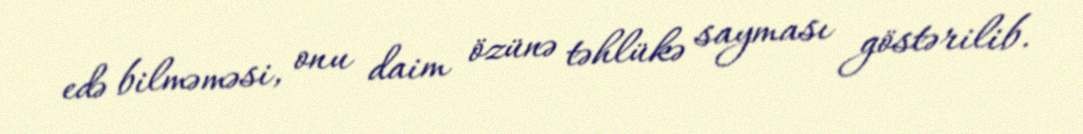
edə bilməməsi, onu daim özünə təhlükə sayması göstərilib.